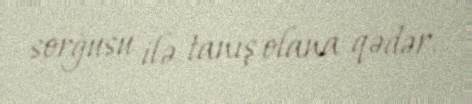
sorğusu ilə tanış olana qədər.